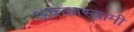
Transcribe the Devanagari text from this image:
अक्कास्वामी